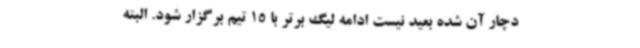
دچار آن شده بعید نیست ادامه لیگ برتر با 15 تیم برگزار شود. البته